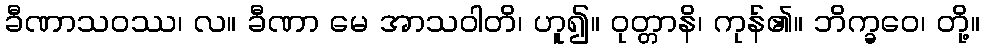
ခီဏာသဝဿ၊ လ။ ခီဏာ မေ အာသဝါတိ၊ ဟူ၍။ ဝုတ္တာနိ၊ ကုန်၏။ ဘိက္ခဝေ၊ တို့။